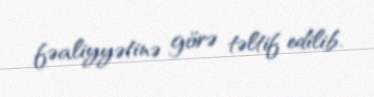
fəaliyyətinə görə təltif edilib.